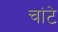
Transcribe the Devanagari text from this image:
चांटे